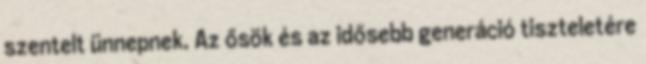
szentelt ünnepnek. Az ősök és az idősebb generáció tiszteletére